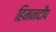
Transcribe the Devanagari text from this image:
हिमनदीप